Civil Veterinary Dept. North-West Frontier Province 1923-32 - 1923-1932
Year: 1923
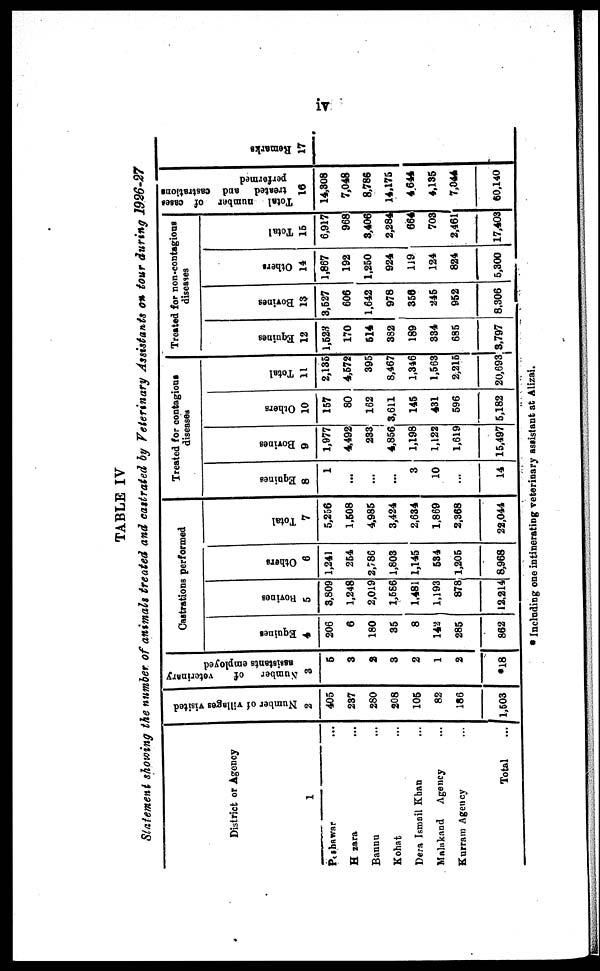
iv
TABLE IV
Statement showing the number of animals treated and castrated by Veterinary Assistants on tour during 1926-27
District or Agency
1
Peshawar ...
Hazara ...
Banuu ...
Kohat ...
Dera Ismail Khan ...
Malakand
Agency ...
Kurram Agency ...
Total ...
Number of villages visited
2
405
237
280
208
105
82
186
1,503
Number
of
veterinary
assistants employed
3
5
3
2
3
2
1
2
*18
Castrations performed
Equines
4
206
6
180
35
8
142
285
862
Bovines
5
3,809
1,248
2,019
1,586
1,481
1,193
878
12,214
Others
6
1,241
254
2,786
1,803
1,145
534
1,205
8,968
Total
7
5,256
1,508
4,985
3,424
2,634
1,869
2,368
22,044
Treated for contagious
diseases
Equines
8
1
...
...
...
3
10
...
14
Bovines
9
1,977
4,492
233
4,856
1,198
1,122
1,619
15,497
Others
10
157
80
162
3,611
145
431
596
5,182
Total
11
2,135
4,572
395
8,467
1,346
1,563
2,215
20,693
reated for non-contagious
diseases
Equines
12
1,523
170
514
382
189
334
685
3,797
Bovines
13
3,527
606
1,642
978
356
245
952
8,306
Others
14
1,867
192
1,250
924
119
124
824
5,300
Total
15
6,917
968
3,406
2,284
664
703
2,461
17,403
Total
number
of cases
treated
and castrations
performed
16
14,308
7,048
8,786
14,175
4,644
4,135
7,044
60,140
Remarks
17
* Including one intinerating veterinary assistant at Alizai.